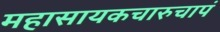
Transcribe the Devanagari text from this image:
महासायकचारुचापं